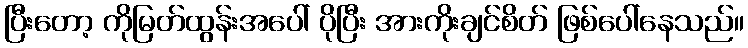
ပြီးတော့ ကိုမြတ်ထွန်းအပေါ် ပိုပြီး အားကိုးချင်စိတ် ဖြစ်ပေါ်နေသည်။